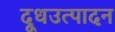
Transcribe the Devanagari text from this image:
दूधउत्पादन